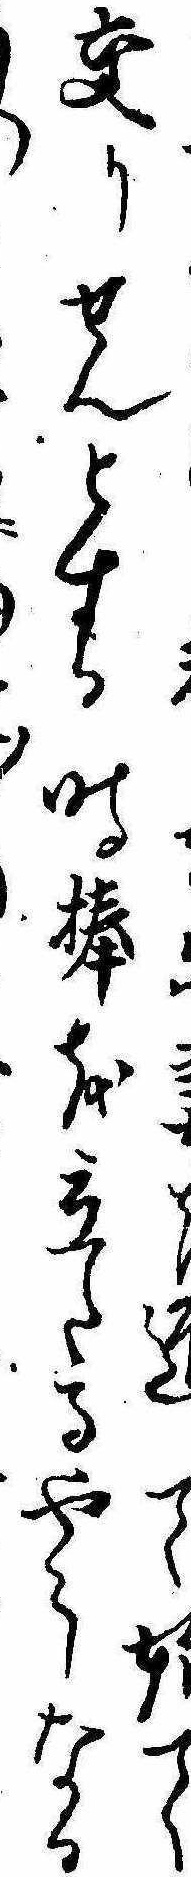
迎て始て交りせんとする時棒を立たるやうなるに〱